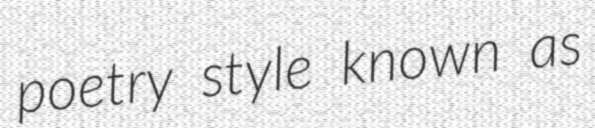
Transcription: poetry style known as